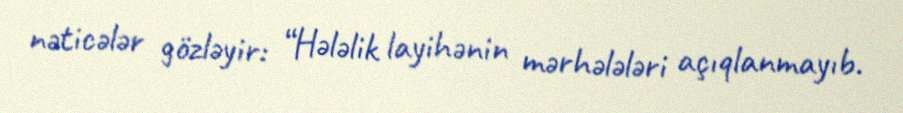
nəticələr gözləyir: “Hələlik layihənin mərhələləri açıqlanmayıb.